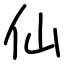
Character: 仙